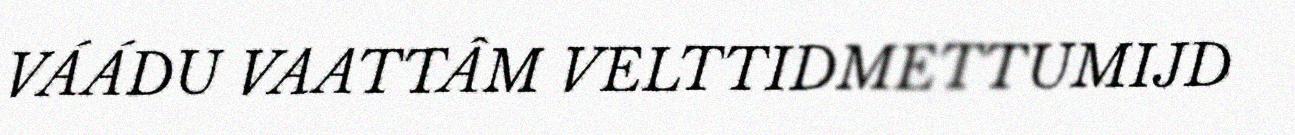
VÁÁDU VAATTÂM VELTTIDMETTUMIJD